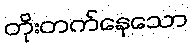
တိုးတက်နေသော